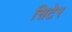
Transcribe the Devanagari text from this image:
सिटेर